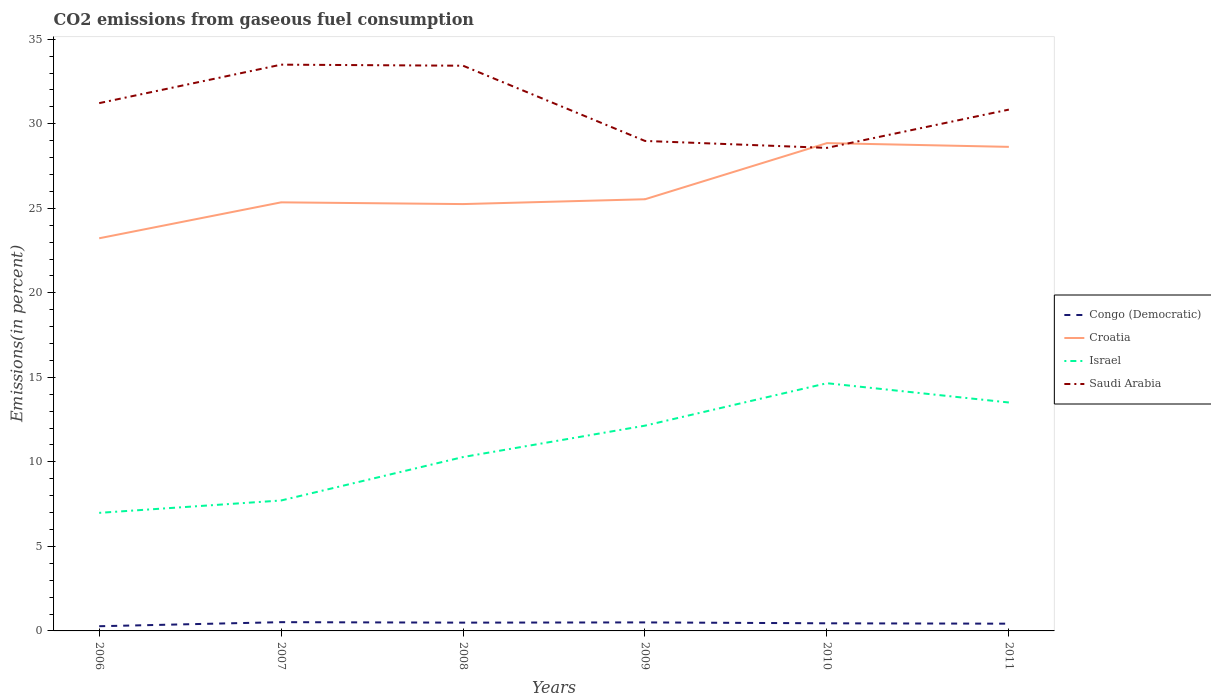
| Years | Congo (Democratic) | Croatia | Israel | Saudi Arabia |
 | --- | --- | --- | --- | --- |
 | 2006 | 0.278 | 23.2 | 6.98 | 31.2 |
 | 2007 | 0.518 | 25.4 | 7.72 | 33.5 |
 | 2008 | 0.49 | 25.3 | 10.3 | 33.4 |
 | 2009 | 0.504 | 25.5 | 12.1 | 29 |
 | 2010 | 0.451 | 28.9 | 14.7 | 28.6 |
 | 2011 | 0.428 | 28.6 | 13.5 | 30.8 |